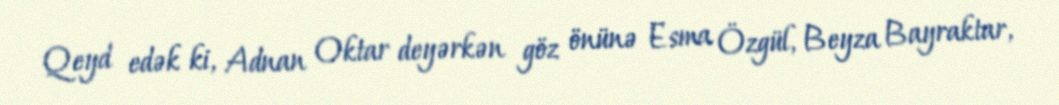
Qeyd edək ki, Adnan Oktar deyərkən göz önünə Esma Özgül, Beyza Bayraktar,